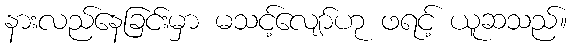
နားလည်နေခြင်းမှာ မသင့်လျော်ဟု ဖရင့် ယူဆသည်။